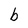
Character: b